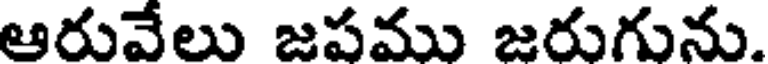
ఆరువేలు జపము జరుగును.